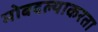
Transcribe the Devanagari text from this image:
मोबदल्याकरता